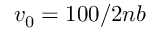
v _ { 0 } = 1 0 0 / 2 n b